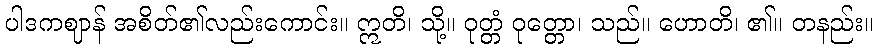
ပါဒကဈာန် အစိတ်၏လည်းကောင်း။ ဣတိ၊ သို့။ ဝုတ္တံ ဝုတ္တော၊ သည်။ ဟောတိ၊ ၏။ တနည်း။